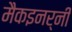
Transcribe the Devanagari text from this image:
मैकइनर्नी